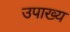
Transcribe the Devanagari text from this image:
उपाख्‍य